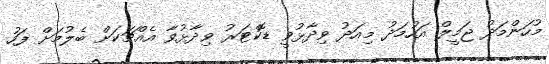
މުހަންމަދު ޖަމީލް އަހުމަދު މިއަދު ވިދާޅުވީ ޑޮކްޓަރު ވިދާޅުވާ އެއްޗަކަށް ބެލުމަށް ފަހު